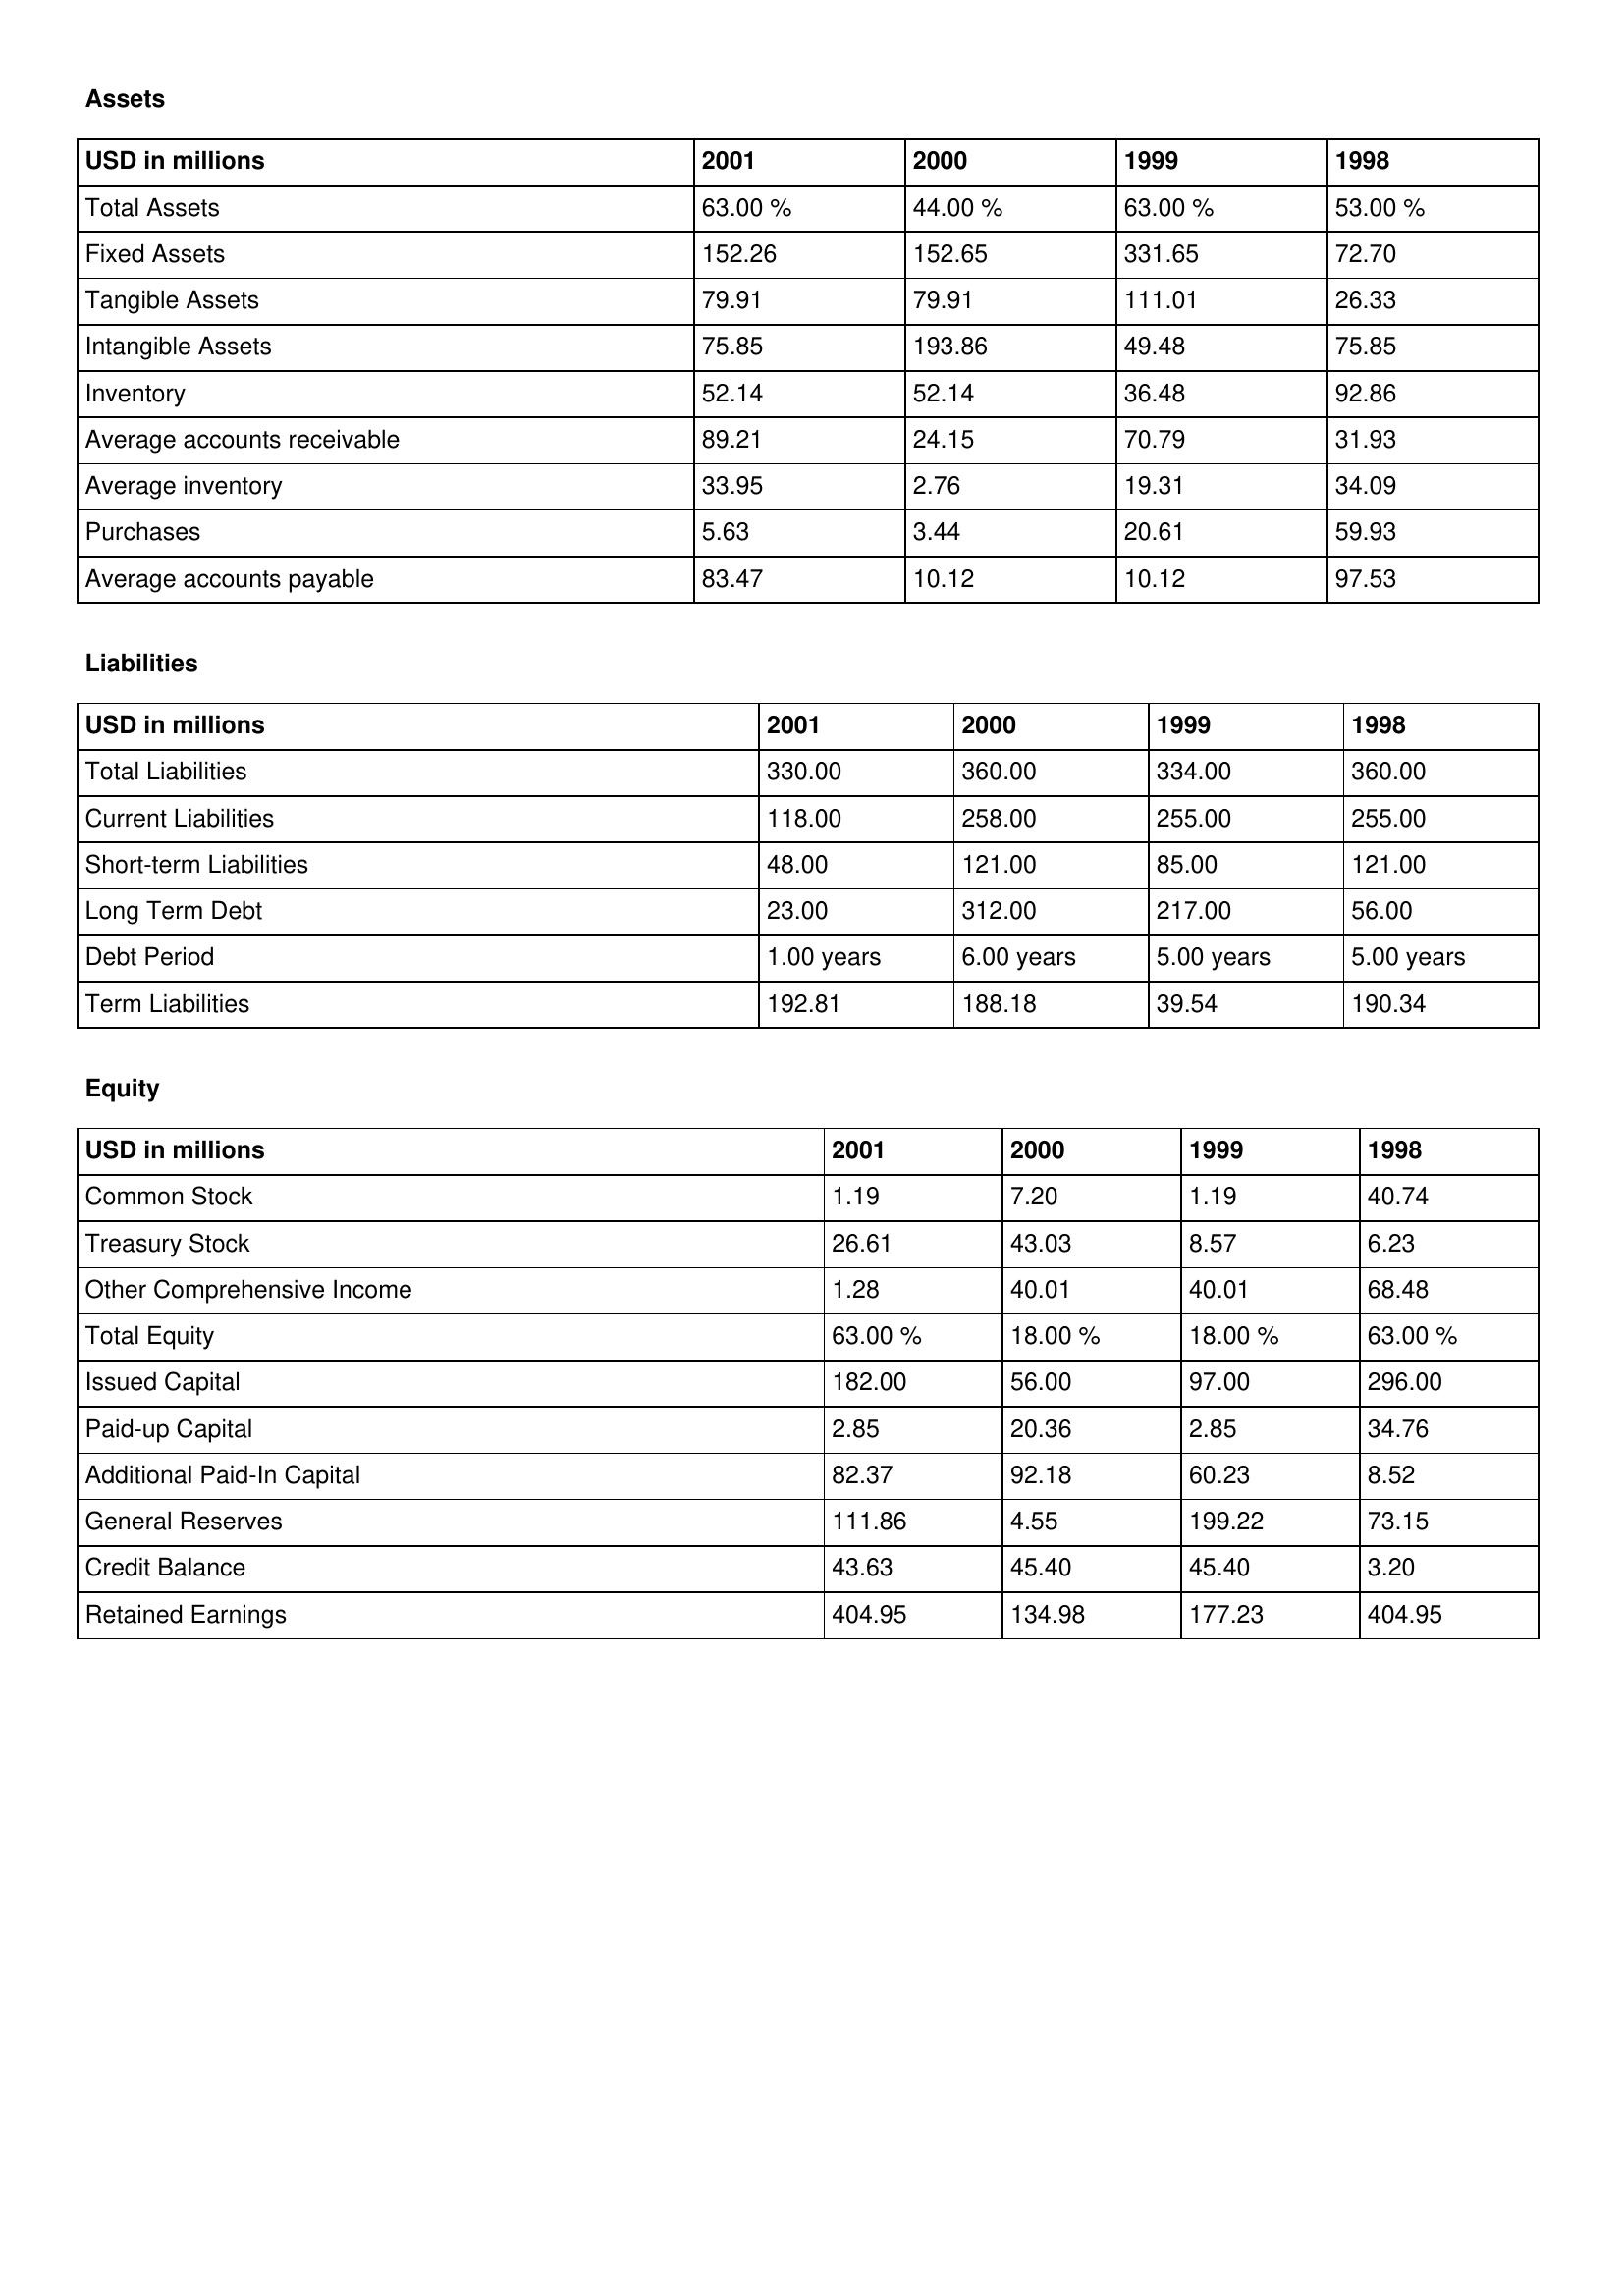
gt_parse: 2001: Assets: Total Assets: 63.00 %
Fixed Assets: 152.26
Tangible Assets: 79.91
Intangible Assets: 75.85
Inventory: 52.14
Average accounts receivable: 89.21
Average inventory: 33.95
Purchases: 5.63
Average accounts payable: 83.47
Liabilities: Total Liabilities: 330.00
Current Liabilities: 118.00
Short-term Liabilities: 48.00
Long Term Debt: 23.00
Debt Period: 1.00 years
Term Liabilities: 192.81
Equity: Common Stock: 1.19
Treasury Stock: 26.61
Other Comprehensive Income: 1.28
Total Equity: 63.00 %
Issued Capital: 182.00
Paid-up Capital: 2.85
Additional Paid-In Capital: 82.37
General Reserves: 111.86
Credit Balance: 43.63
Retained Earnings: 404.95
2000: Assets: Total Assets: 44.00 %
Fixed Assets: 152.65
Tangible Assets: 79.91
Intangible Assets: 193.86
Inventory: 52.14
Average accounts receivable: 24.15
Average inventory: 2.76
Purchases: 3.44
Average accounts payable: 10.12
Liabilities: Total Liabilities: 360.00
Current Liabilities: 258.00
Short-term Liabilities: 121.00
Long Term Debt: 312.00
Debt Period: 6.00 years
Term Liabilities: 188.18
Equity: Common Stock: 7.20
Treasury Stock: 43.03
Other Comprehensive Income: 40.01
Total Equity: 18.00 %
Issued Capital: 56.00
Paid-up Capital: 20.36
Additional Paid-In Capital: 92.18
General Reserves: 4.55
Credit Balance: 45.40
Retained Earnings: 134.98
1999: Assets: Total Assets: 63.00 %
Fixed Assets: 331.65
Tangible Assets: 111.01
Intangible Assets: 49.48
Inventory: 36.48
Average accounts receivable: 70.79
Average inventory: 19.31
Purchases: 20.61
Average accounts payable: 10.12
Liabilities: Total Liabilities: 334.00
Current Liabilities: 255.00
Short-term Liabilities: 85.00
Long Term Debt: 217.00
Debt Period: 5.00 years
Term Liabilities: 39.54
Equity: Common Stock: 1.19
Treasury Stock: 8.57
Other Comprehensive Income: 40.01
Total Equity: 18.00 %
Issued Capital: 97.00
Paid-up Capital: 2.85
Additional Paid-In Capital: 60.23
General Reserves: 199.22
Credit Balance: 45.40
Retained Earnings: 177.23
1998: Assets: Total Assets: 53.00 %
Fixed Assets: 72.70
Tangible Assets: 26.33
Intangible Assets: 75.85
Inventory: 92.86
Average accounts receivable: 31.93
Average inventory: 34.09
Purchases: 59.93
Average accounts payable: 97.53
Liabilities: Total Liabilities: 360.00
Current Liabilities: 255.00
Short-term Liabilities: 121.00
Long Term Debt: 56.00
Debt Period: 5.00 years
Term Liabilities: 190.34
Equity: Common Stock: 40.74
Treasury Stock: 6.23
Other Comprehensive Income: 68.48
Total Equity: 63.00 %
Issued Capital: 296.00
Paid-up Capital: 34.76
Additional Paid-In Capital: 8.52
General Reserves: 73.15
Credit Balance: 3.20
Retained Earnings: 404.95